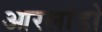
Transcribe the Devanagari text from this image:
आरलांडो